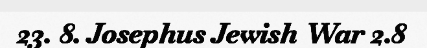
23. 8. Josephus Jewish War 2.8